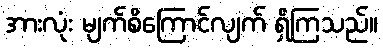
အားလုံး မျက်စိကြောင်လျက် ရှိကြသည်။